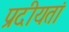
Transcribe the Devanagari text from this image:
प्रदीयतां